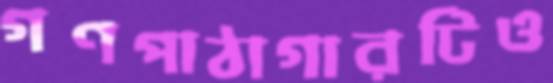
গণপাঠাগারটিও